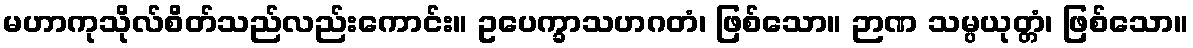
မဟာကုသိုလ်စိတ်သည်လည်းကောင်း။ ဥပေက္ခာသဟဂတံ၊ ဖြစ်သော။ ဉာဏ သမ္ပယုတ္တံ၊ ဖြစ်သော။